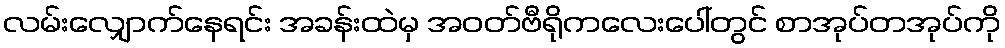
လမ်းလျှောက်နေရင်း အခန်းထဲမှ အဝတ်ဗီရိုကလေးပေါ်တွင် စာအုပ်တအုပ်ကို